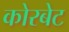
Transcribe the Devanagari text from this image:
कोरबेट